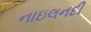
નાઇલનદી